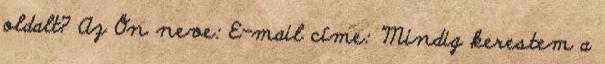
oldalt? Az Ön neve: E-mail címe: ”Mindig kerestem a